Vaccination report Assam 1896-1927 - 1896-1927
Year: 1896
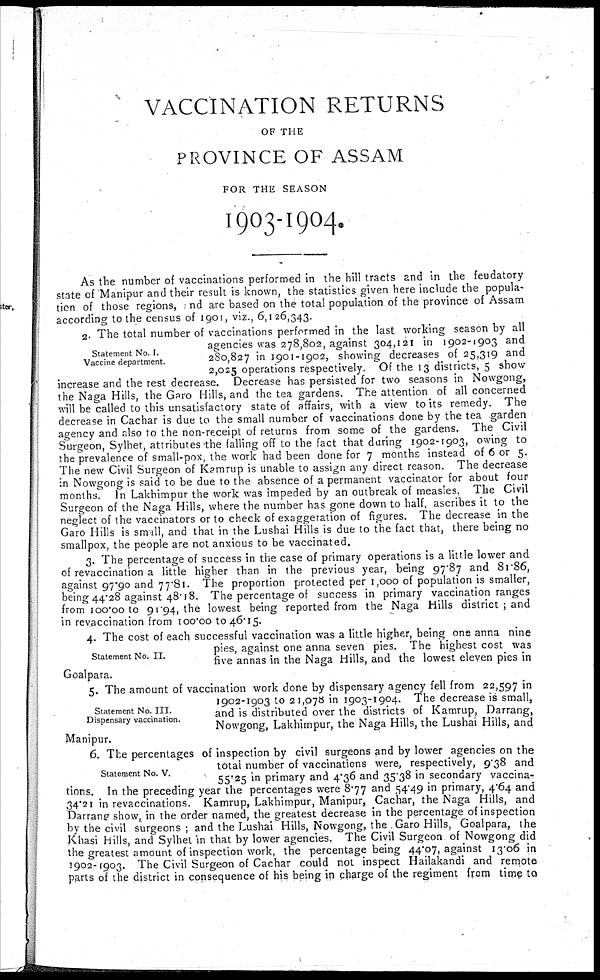
VACCINATION RETURNS
OF THE
PROVINCE OF ASSAM
FOR THE SEASON
1903-1904.
As the number of vaccinations performed in the hill tracts and in the feudatory
state of Manipur and their result is known, the statistics given here include the popula-
tion of those regions, and are based on the total population of the province of Assam
according to the census of 1901, viz., 6,126,343.
Statement No. I.
Vaccine department.
2. The total number of vaccinations performed in the last working season by all
agencies was 278,802, against 304,121 in 1902-1903 and
280,827 in 1901-1902, showing decreases of 25,319 and
2,025 operations respectively. Of the 13 districts, 5 show
increase and the rest decrease. Decrease has persisted for two seasons in Nowgong,
the Naga Hills, the Garo Hills, and the tea gardens. The attention of all concerned
will be called to this unsatisfactory state of affairs, with a view to its remedy. The
decrease in Cachar is due to the small number of vaccinations done by the tea garden
agency and also to the non-receipt of returns from some of the gardens. The Civil
Surgeon, Sylhet, attributes the falling off to the fact that during 1902-1903, owing to
the prevalence of small-pox, the work had been done for 7 months instead of 6 or 5.
The new Civil Surgeon of Kamrup is unable to assign any direct reason. The decrease
in Nowgong is said to be due to the absence of a permanent vaccinator for about four
months. In Lakhimpur the work was impeded by an outbreak of measles. The Civil
Surgeon of the Naga Hills, where the number has gone down to half, ascribes it to the
neglect of the vaccinators or to check of exaggeration of figures. The decrease in the
Garo Hills is small, and that in the Lushai Hills is due to the fact that, there being no
smallpox, the people are not anxious to be vaccinated.
3. The percentage of success in the case of primary operations is a little lower and
of revaccination a little higher than in the previous year, being 97.87 and 81.86,
against 97.90 and 77.81. The proportion protected per 1,000 of population is smaller,
being 44.28 against 48.18. The percentage of success in primary vaccination ranges
from 100.00 to 91.94, the lowest being reported from the Naga Hills district ; and
in revaccination from 100.00 to 46.15.
Statement No. II.
4. The cost of each successful vaccination was a little higher, being one anna nine
pies, against one anna seven pies. The highest cost was
five annas in the Naga Hills, and the lowest eleven pies in
Goalpara.
Statement No. III.
Dispensary vaccination.
5. The amount of vaccination work done by dispensary agency fell from 22,597 in
1902-1903 to 21,078 in 1903-1904. The decrease is small,
and is distributed over the districts of Kamrup, Darrang,
Nowgong, Lakhimpur, the Naga Hills, the Lushai Hills, and
Manipur.
Statement No. V.
6. The percentages of inspection by civil surgeons and by lower agencies on the
total number of vaccinations were, respectively, 9.38 and
55.25 in primary and 4.36 and 35.38 in secondary vaccina-
tions. In the preceding year the percentages were 8.77 and 54.49 in primary, 4.64 and
34.21 in revaccinations. Kamrup, Lakhimpur, Manipur, Cachar, the Naga Hills, and
Darrang show, in the order named, the greatest decrease in the percentage of inspection
by the civil surgeons ; and the Lushai Hills, Nowgong, the Garo Hills, Goalpara, the
Khasi Hills, and Sylhet in that by lower agencies. The Civil Surgeon of Nowgong did
the greatest amount of inspection work, the percentage being 44.07, against 13.06 in
1902-1903. The Civil Surgeon of Cachar could not inspect Hailakandi and remote
parts of the district in consequence of his being in charge of the regiment from time to